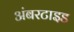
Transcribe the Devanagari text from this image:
अंबरटाइड